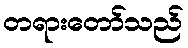
တရားတော်သည်